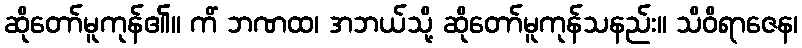
ဆိုတော်မူကုန်၏။ ကိံ ဘဏထ၊ အဘယ်သို့ ဆိုတော်မူကုန်သနည်း။ သိဝိရာဇေန၊